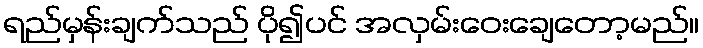
ရည်မှန်းချက်သည် ပို၍ပင် အလှမ်းဝေးချေတော့မည်။